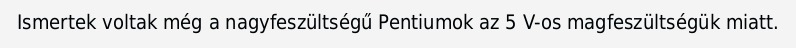
Ismertek voltak még a nagyfeszültségű Pentiumok az 5 V-os magfeszültségük miatt.